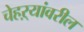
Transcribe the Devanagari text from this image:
चेहऱ्यांवरील